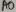
Text: A0